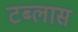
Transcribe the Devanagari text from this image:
टब्लास